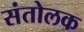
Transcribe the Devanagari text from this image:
संतोलक